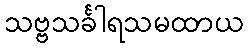
သဗ္ဗသင်္ခါရသမထာယ